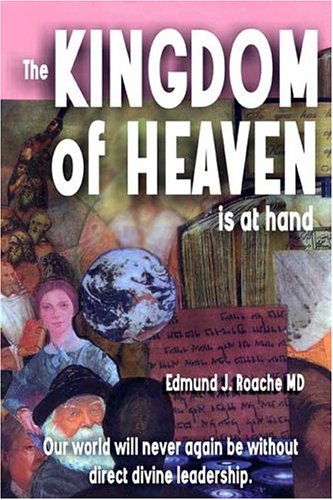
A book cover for The Kingdom of Heaven Is at Hand; Dr Edmund J. Roache; Religion & Spirituality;